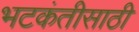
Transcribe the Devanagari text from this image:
भटकंतीसाठी